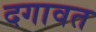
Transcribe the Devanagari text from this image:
दगावत